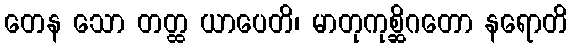
တေန သော တတ္ထ ယာပေတိ၊ မာတုကုစ္ဆိဂတော နရောတိ